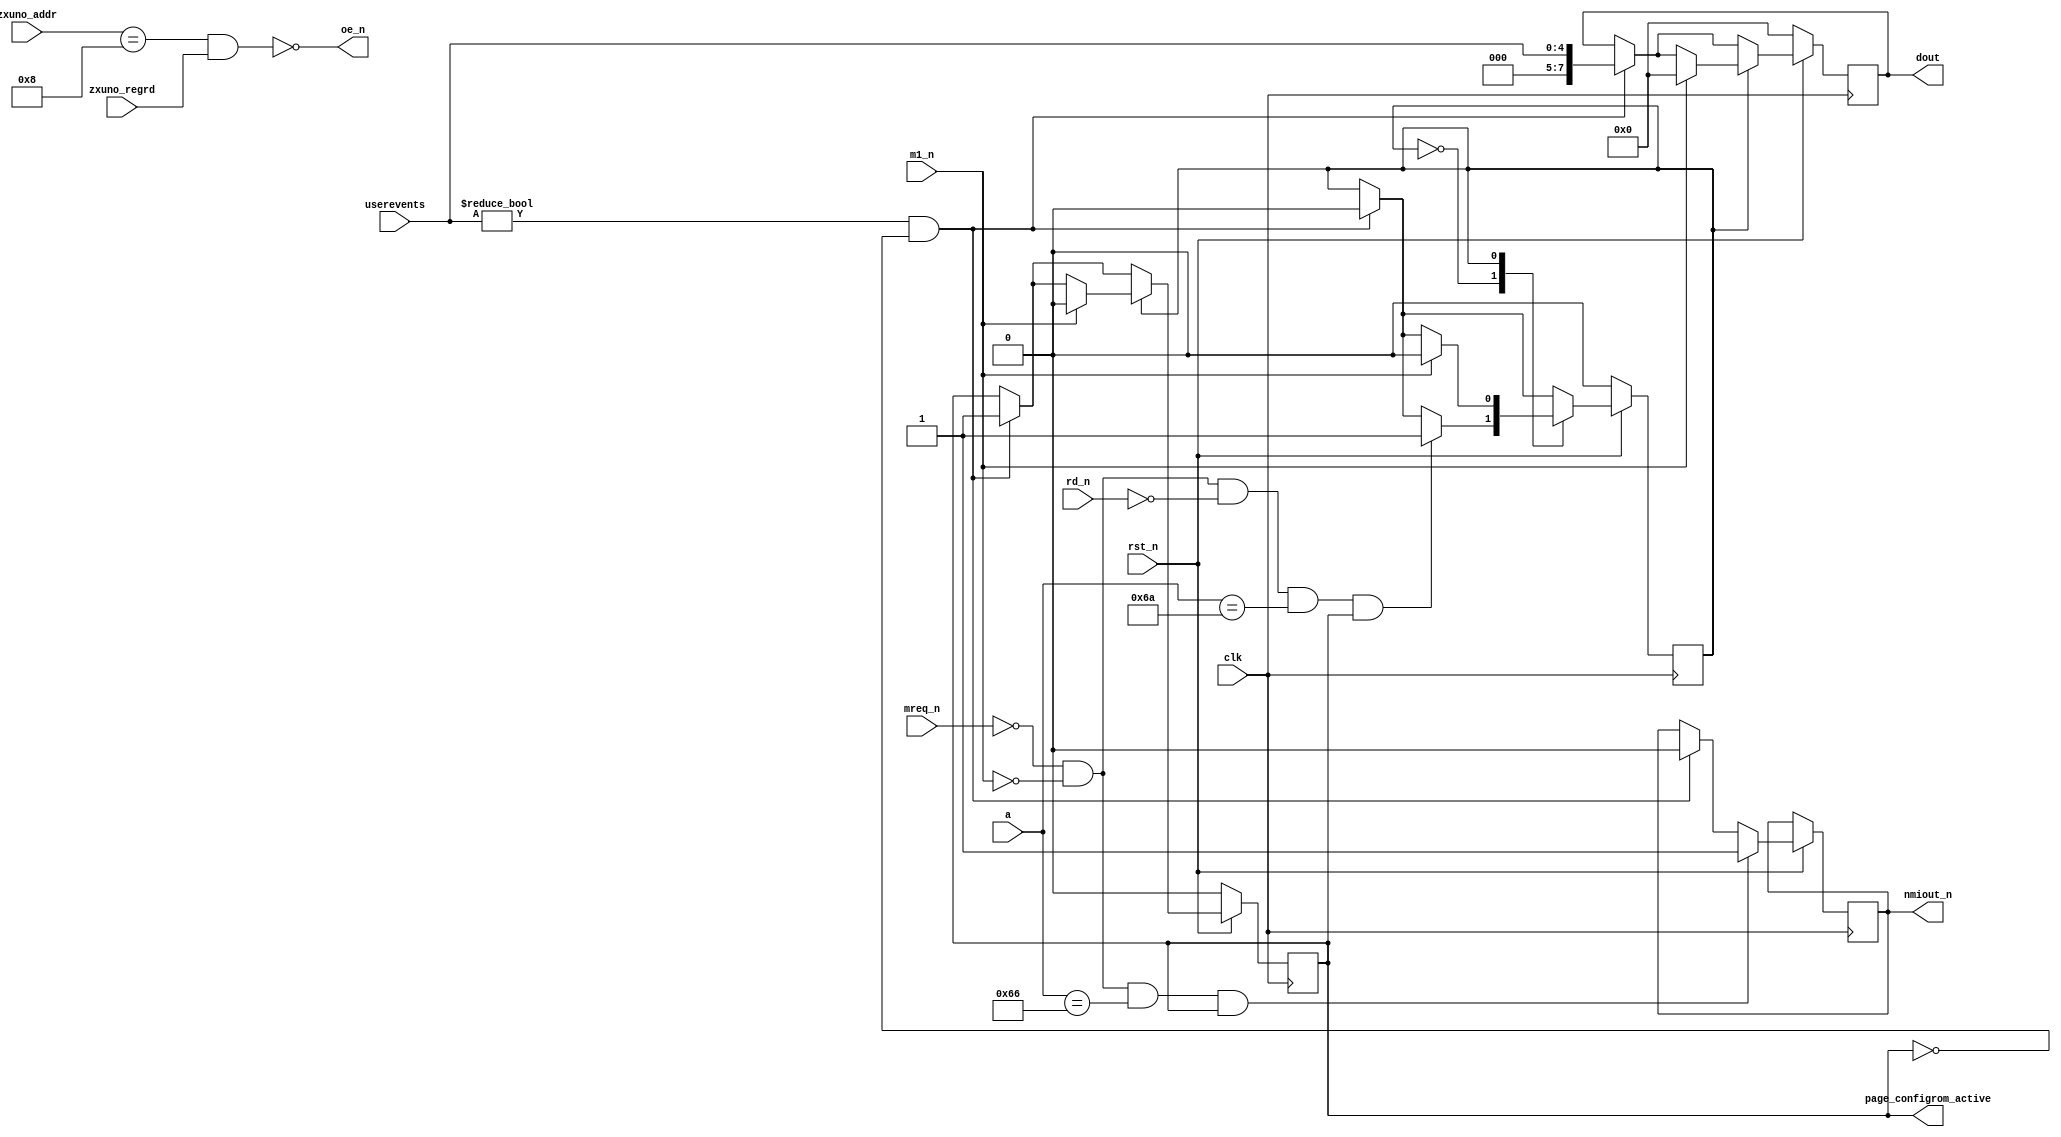
`timescale 1ns / 1ps
`default_nettype none

//////////////////////////////////////////////////////////////////////////////////
// Company: 
// Engineer: 
// 
// Design Name: 
// Module Name:    nmievents 
// Project Name: 
// Target Devices: 
// Tool versions: 
// Description: 
//
// Dependencies: 
//
// Revision: 
// Revision 0.01 - File Created
// Additional Comments: 
//
//////////////////////////////////////////////////////////////////////////////////
module nmievents (
    input wire clk,
    input wire rst_n,
    //------------------------------
    input wire [7:0] zxuno_addr,
    input wire zxuno_regrd,
    //------------------------------
    input wire [4:0] userevents,
    //------------------------------
    input wire [15:0] a,
    input wire m1_n,
    input wire mreq_n,
    input wire rd_n,
    output wire [7:0] dout,
    output wire oe_n,
    output reg nmiout_n,
    output reg page_configrom_active
    );
    
    parameter NMIEVENT = 8'h08;
    parameter IDLE          = 1'd0,
              ABOUT_TO_EXIT = 1'd1;
    
    initial page_configrom_active = 1'b0;
    initial nmiout_n = 1'b1;
        
    reg state = IDLE;        
    reg [7:0] nmieventreg = 8'h00;
    assign dout = nmieventreg;
    assign oe_n = ~(zxuno_addr == NMIEVENT && zxuno_regrd == 1'b1);    
    
    always @(posedge clk) begin
        if (rst_n == 1'b0) begin
            nmieventreg <= 8'h00;
            page_configrom_active <= 1'b0;
            state <= IDLE;
        end
        else begin            
            if (userevents != 5'b00000 && page_configrom_active == 1'b0) begin
                nmieventreg <= {3'b000, userevents};
                nmiout_n <= 1'b0;
                page_configrom_active <= 1'b1;
                state <= IDLE;
            end
            if (mreq_n == 1'b0 && m1_n == 1'b0 && a == 16'h0066 && page_configrom_active == 1'b1)  // ya estamos en NMI
                nmiout_n <= 1'b1;  // asi que desactivo la seal
            
            case (state)
                IDLE: 
                  begin
                    if (mreq_n == 1'b0 && m1_n == 1'b0 && rd_n == 1'b0 && a==16'h006A && page_configrom_active == 1'b1)
                        state <= ABOUT_TO_EXIT;
                  end
                ABOUT_TO_EXIT: 
                  begin
                    if (m1_n == 1'b1) begin
                        page_configrom_active <= 1'b0;
                        nmieventreg <= 8'h00;
                        state <= IDLE;
                    end
                  end
                default: state <= IDLE;
            endcase
        end
    end
endmodule